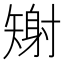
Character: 𪿎